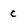
Character: c